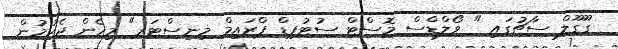
ގޫގޫލް ސާޗުގައި " ވޯލްޑްސް މޮސްޓް ސުޓުޕިޑް ޕްރައިމް މިނިސްޓަރ" މިހެން ޖެހުމުން